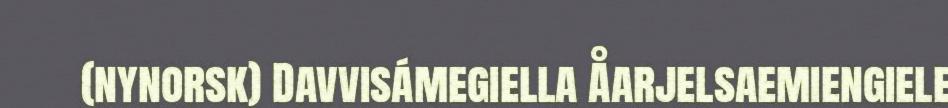
(nynorsk) Davvisámegiella Åarjelsaemiengiele